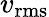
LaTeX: v_{\mathrm{rms}}